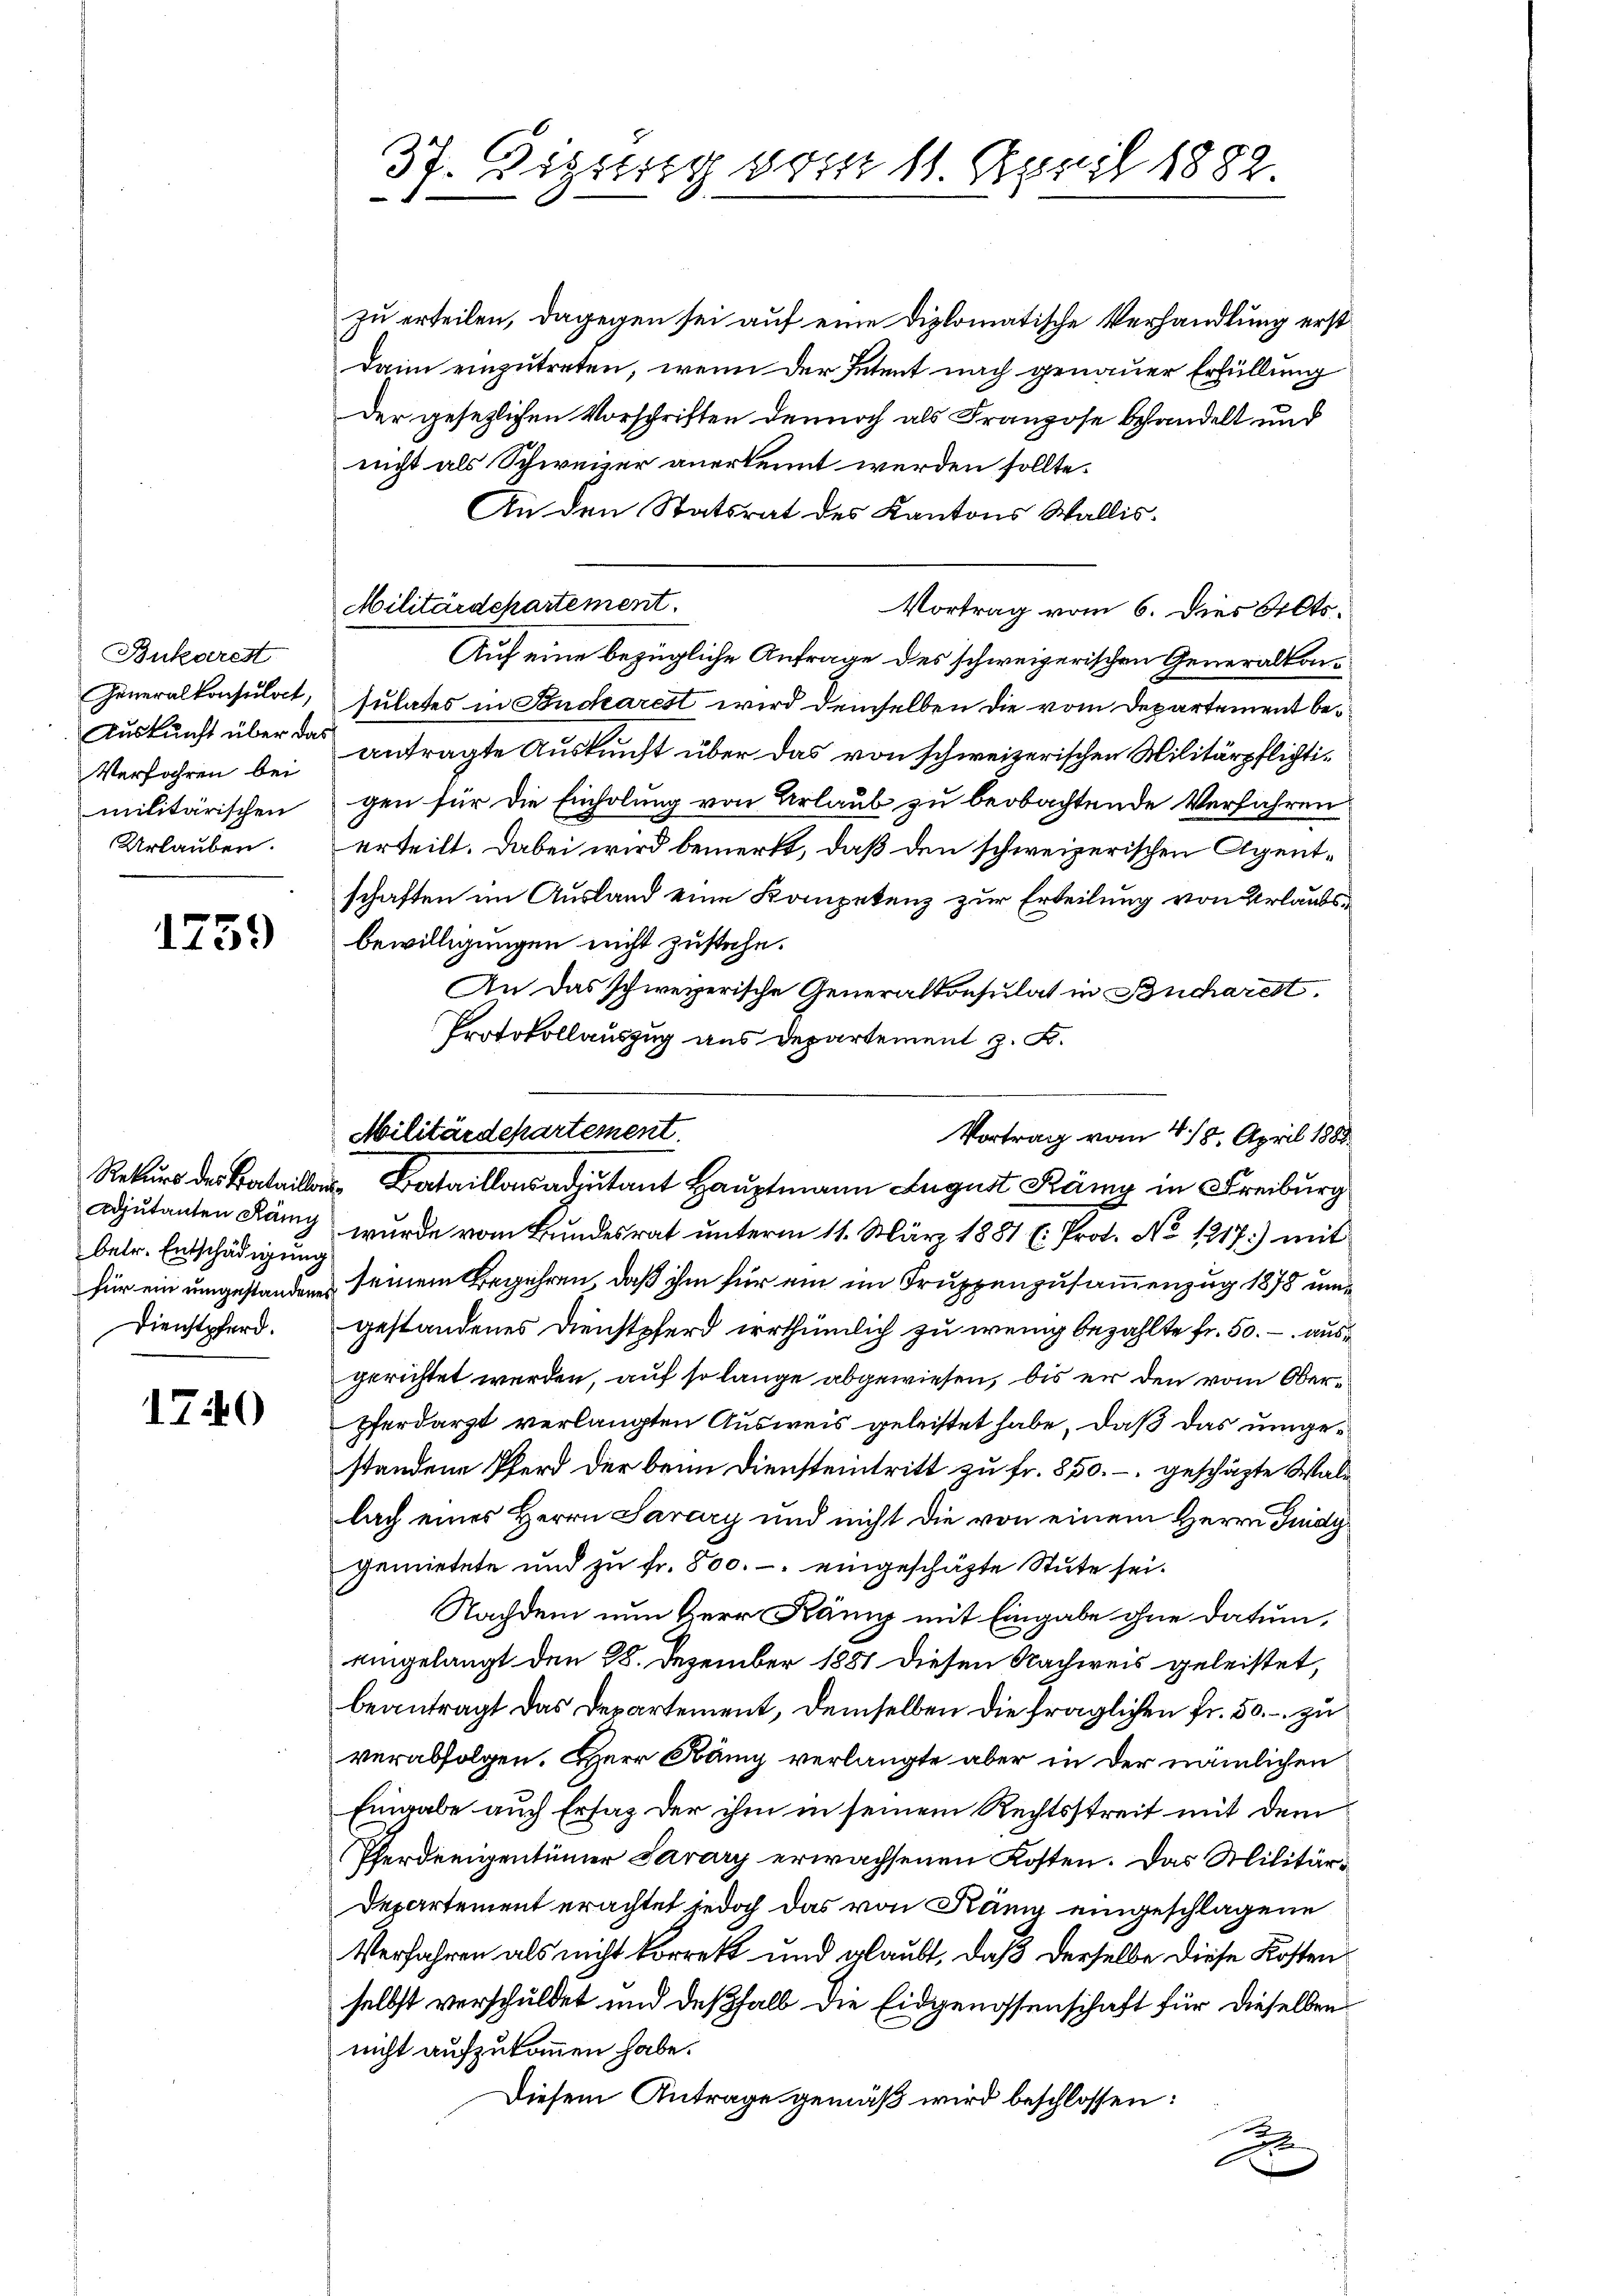
Bukarest
Generalkonsuloct,
Verfahren bei
militärischen
Urlauben.

1759

betr. Entschädigung

170

37. Digung vom 11. April 1882.

Militärdepartement.

zu erteilen, dagegen sei auf eine diplomatische Verhandlung erst
Dann einzutreten, wenn der Petent nach genauer Erfüllung
Der gesezlichen Vorschriften dennoch als Franzose behandelt und
nicht als Schweizer anerkennt werden sollte.
An den Statsrat des Kantons Wallis.
Militärdepartement.
Vortrag vom 6. Dies Alts
Auf eine bezügliche Anfrage des schweizerischen Generalkonsulates in Budarest wird demselben die vom Departement be¬
Auskunft über das antragte Auskunft über das von schweizerischen Militärpflichtigen für die Einholung von Urlaub zu beobachtende Verfahren
erteilt. Dabei wird bemerkt, daß den schweizerischen Agentschaften im Ausland eine Kompetenz zur Erteilung von Urlaubsbewilligungen nicht zustehe.
An das schweizerische Generalkonsulat in Bucharest.
Protokollauszug aus Departement z. B.
Vortrag vom 4. 18. April 1888.
Rekurs des Bataillons Bataillonsadjutant Hauptmann August Rämy in Freiburg
adjutanten Rang wurde vom Bundesrat unterm 11. März 1881 (: Prot. No 1217) mit
für ein umgestandenen seinem Begehren, daß ihm für ein im Truppenzusammenzug 1878 un
Dienstpferd. gestandenes Dienstpferd irrthümlich zu wenig bezahlte fr. 50. aus
gerichtet werden, auf so lange abgewiesen, bis er den vom Ober¬
Pferdarzt verlangten Ausweis geleistet habe, daß das umgestandene Pferd der beim Diensteintritt zu fr. 850.- geschäzte Wald
lach eines Herrn Sarary und nicht die von einem Herrn Judy
gemietete und zu fr. 800.- eingeschäfte Stute sei¬
Nachdem nun Herr Kany mit Eingabe ohne Datum,
eingelangt den 28. Dezember 1881 diesen Nachweis geleistet,
beantragt das Departement, demselben die fraglichen Fr. 50. - zu
verabfolgen. Herr Hämig verlangte aber in der nämlichen
Eingabe auch Ersatz der ihm in seinem Rechtsstreit mit dem
Pferderigentümer Sarary erwachsenen Kosten. Das Militär¬
Departement erachtet jedoch das von Küng eingeschlagene
Verfahren als nicht korrekt und glaubt, daß derselbe diese Kosten
selbst verschuldet und deßhalb die Eidgenossenschaft für dieselben
nicht aufzukommen habe.
Diesem Antrage gemäß wird beschlossen:
2
0
e